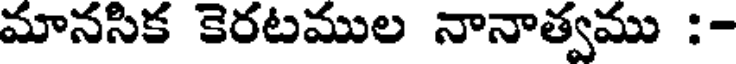
మానసిక కెరటముల నానాత్వము :-